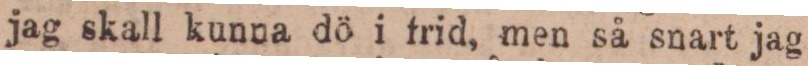
jag skall kunna dö i frid, men så snart jag